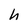
Character: h